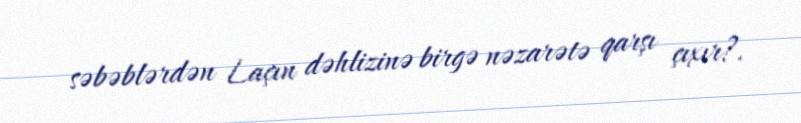
səbəblərdən Laçın dəhlizinə birgə nəzarətə qarşı çıxır?.